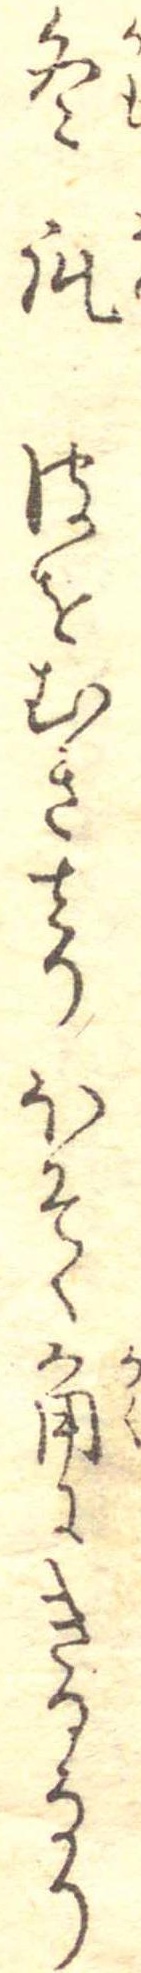
冬瓜皮をむき去りほそく角にきるなり